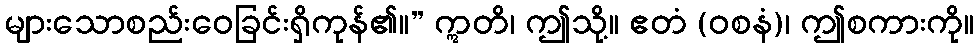
များသောစည်းဝေခြင်းရှိကုန်၏။” ဣတိ၊ ဤသို့။ ဧတံ (ဝစနံ)၊ ဤစကားကို။